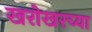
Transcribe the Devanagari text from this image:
खरोखरच्या